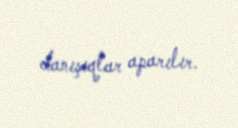
danışıqlar aparılır.